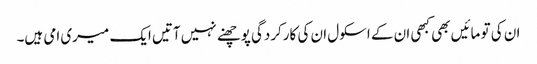
ان کی تو مائیں بھی کبھی ان کے اسکول ان کی کارکردگی پوچھنے نہیں آتیں ایک میری امی ہیں۔